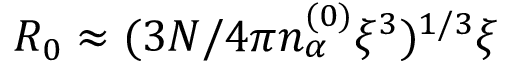
R _ { 0 } \approx ( 3 N / 4 \pi n _ { \alpha } ^ { ( 0 ) } \xi ^ { 3 } ) ^ { 1 / 3 } \xi